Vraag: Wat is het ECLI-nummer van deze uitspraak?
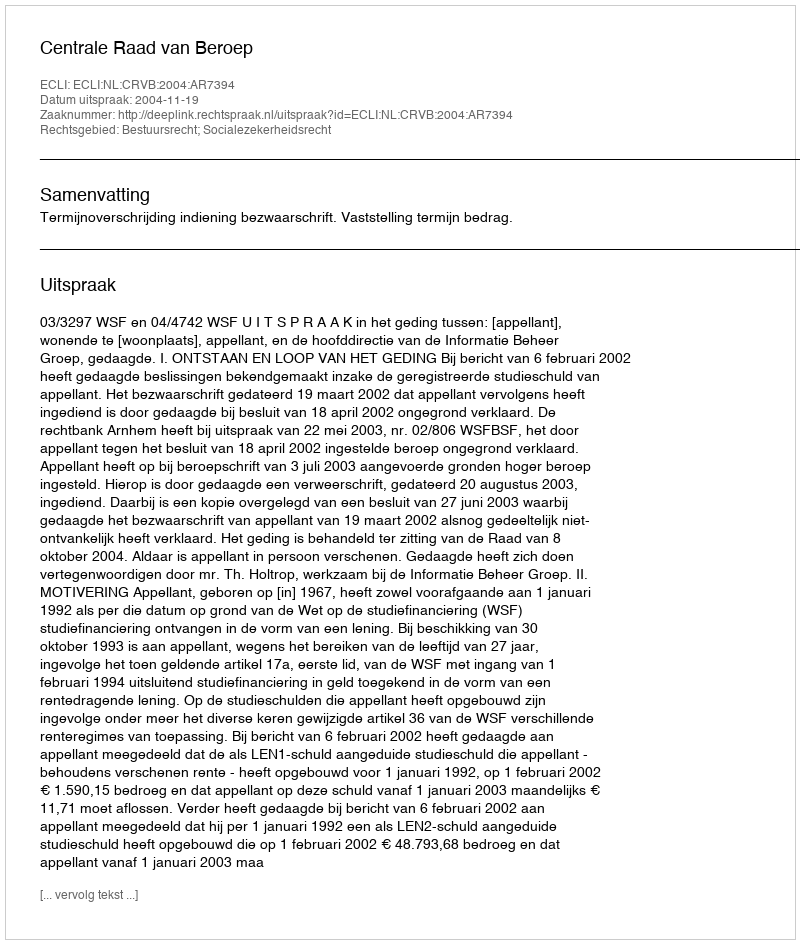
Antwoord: ECLI:NL:CRVB:2004:AR7394